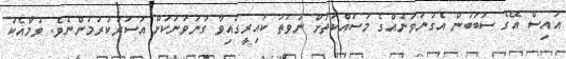
އައިސް އޭގެ ސަބަބުން އެގުނަވަނެއްގެ މަސައްކަތަށް ނުވަތަ ކައިރީގައިވާ ގުނަވަނަކަށް އަސަރުކުރުމުންނެވެ. ވުމާއެކު